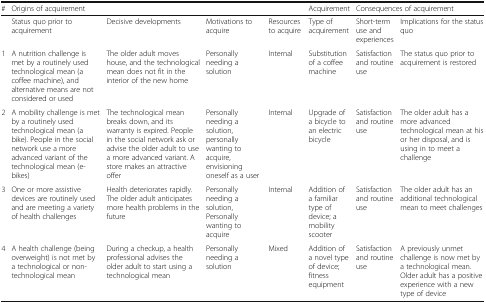
| # | <COLSPAN=4> Origins of acquirement | Acquirement | <COLSPAN=2> Consequences of acquirement |
 | --- | --- | --- | --- | --- | --- | --- | --- |
 |  | Status quo prior to acquirement | Decisive developments | Motivations to acquire | Resources to acquire | Type of acquirement | Short-term use and experiences | Implications for the status quo |
 | 1 | A nutrition challenge is met by a routinely used technological mean (a coffee machine), and alternative means are not considered or used | The older adult moves house, and the technological mean does not fit in the interior of the new home | Personally needing a solution | Internal | Substitution of a coffee machine | Satisfaction and routine use | The status quo prior to acquirement is restored |
 | 2 | A mobility challenge is met by a routinely used technological mean (a bike). People in the social network use a more advanced variant of the technological mean (e-bikes) | The technological mean breaks down, and its warranty is expired. People in the social network ask or advise the older adult to use a more advanced variant. A store makes an attractive offer | Personally needing a solution, personally wanting to acquire, envisioning oneself as a user | Internal | Upgrade of a bicycle to an electric bicycle | Satisfaction and routine use | The older adult has a more advanced technological mean at his or her disposal, and is using in to meet a challenge |
 | 3 | One or more assistive devices are routinely used and are meeting a variety of health challenges | Health deteriorates rapidly. The older adult anticipates more health problems in the future | Personally needing a solution, Personally wanting to acquire | Internal | Addition of a familiar type of device; a mobility scooter | Satisfaction and routine use | The older adult has an additional technological mean to meet challenges |
 | 4 | A health challenge (being overweight) is not met by a technological or non-technological mean | During a checkup, a health professional advises the older adult to start using a technological mean | Personally needing a solution | Mixed | Addition of a novel type of device; fitness equipment | Satisfaction and routine use | A previously unmet challenge is now met by a technological mean. Older adult has a positive experience with a new type of device |